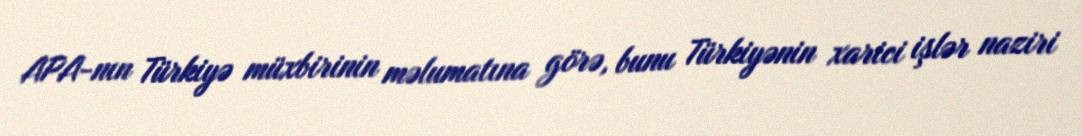
APA-nın Türkiyə müxbirinin məlumatına görə, bunu Türkiyənin xarici işlər naziri